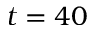
t = 4 0